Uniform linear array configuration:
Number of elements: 12
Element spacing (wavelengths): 0.75
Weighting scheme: binomial
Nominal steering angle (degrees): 60
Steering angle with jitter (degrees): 61.213
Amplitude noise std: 0.05
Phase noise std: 0.05

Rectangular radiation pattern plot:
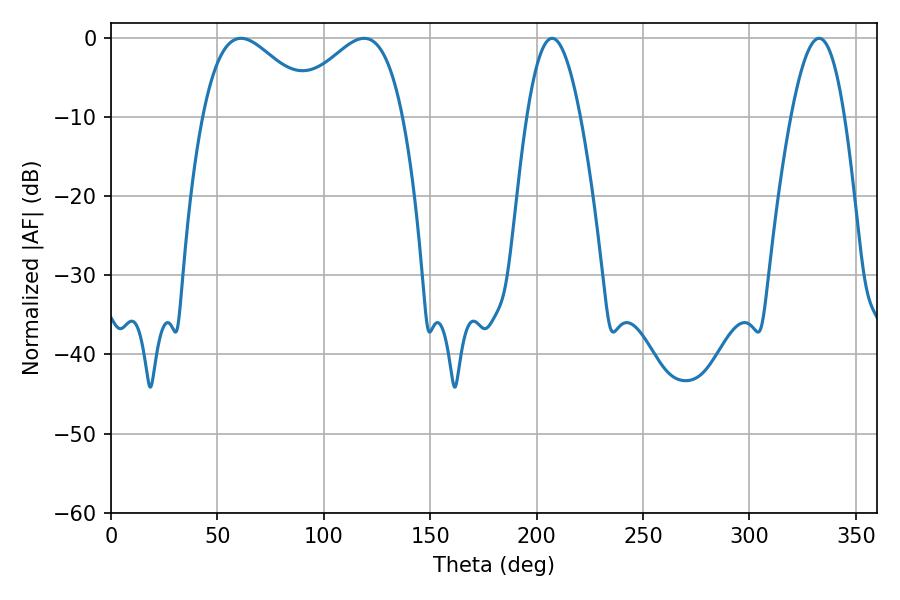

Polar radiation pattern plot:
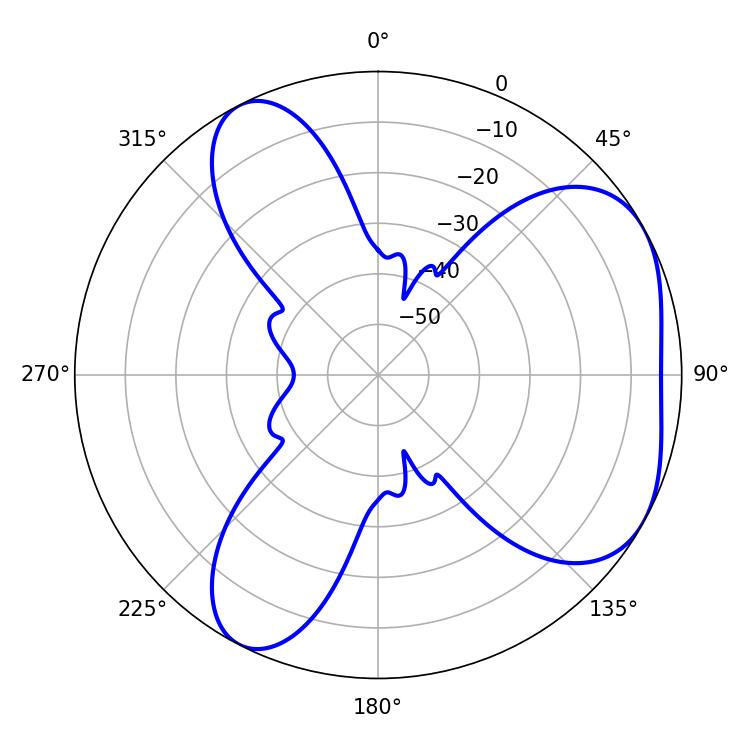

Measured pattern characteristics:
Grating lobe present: TRUE
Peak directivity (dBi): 4.627
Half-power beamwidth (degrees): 28.8
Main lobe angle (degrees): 61.02